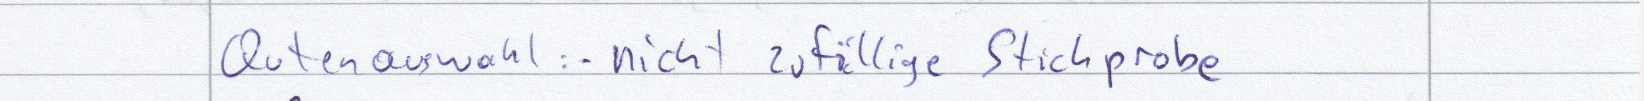
Qutenauswahl: - nicht zufällige Stichprobe